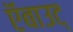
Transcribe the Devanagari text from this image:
ऍबाउट्